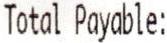
TOTAL PAYABLE: